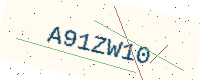
Text: A91ZW10